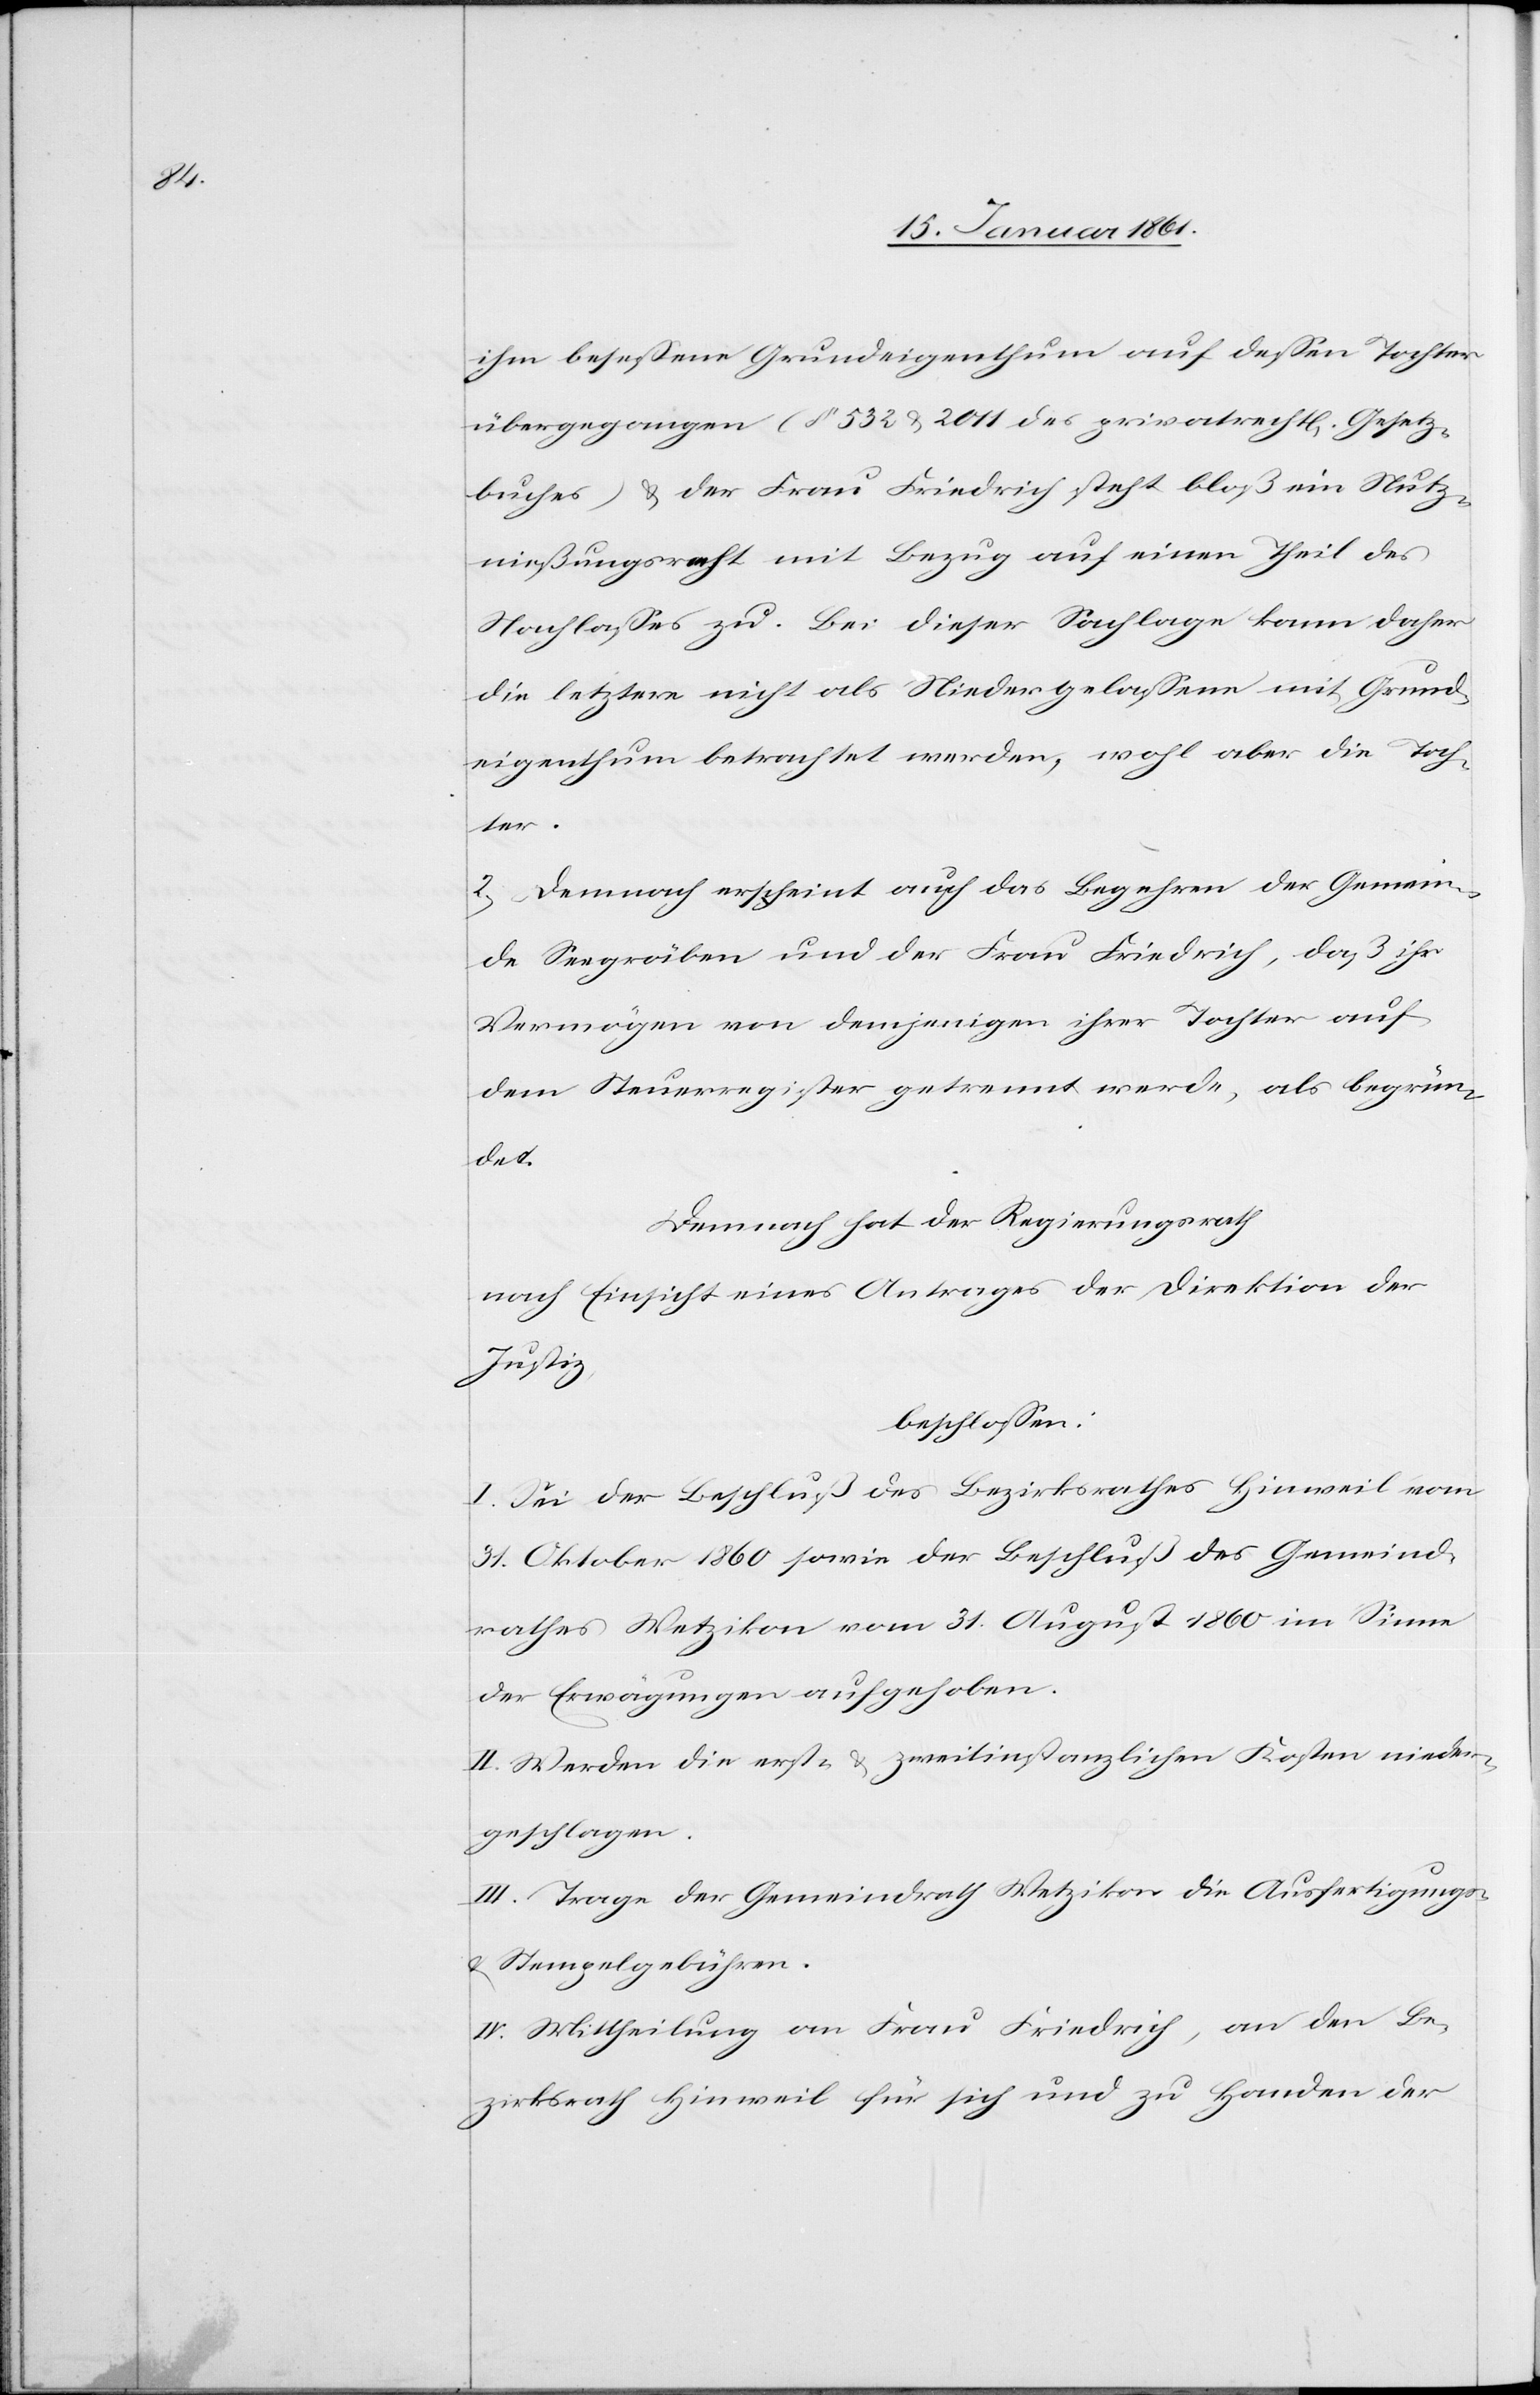
ihm besessene Grundeigenthum auf dessen Tochter
übergegangen (§. 532 u. 2011 des privatrechtl[ichen] Gesetz¬
buches) u. der Frau Friedrich steht bloß ein Nutz¬
nießungsrecht mit Bezug auf einen Theil des
Nachlasses zu. Bei dieser Sachlage kann daher
die letztere nicht als Niedergelassene mit Grund¬
eigenthum betrachtet werden, wohl aber die Toch¬
ter.
2) Demnach erscheint auch das Begehren der Gemein¬
de Seegräben und der Frau Friedrich, daß ihr
Vermögen von demjenigen ihrer Tochter auf
dem Steuerregister getrennt werde, als begrün¬
det.
Demnach hat der Regierungsrath
nach Einsicht eines Antrages der Direktion der
Justiz
beschlossen:
I. Sei der Beschluß des Bezirksrathes Hinweil vom
31. Oktober 1860 sowie der Beschluß des Gemeind¬
rathes Wetzikon vom 31. August 1860 im Sinne
der Erwägungen aufgehoben.
II. Werden die erst- u. zweitinstanzlichen Kosten nieder¬
geschlagen.
III. Trage der Gemeindrath Wetzikon die Ausfertigungs-
u. Stempelgebühren.
IV. Mittheilung an Frau Friedrich, an den Be¬
zirksrath Hinweil für sich und zu Handen der